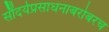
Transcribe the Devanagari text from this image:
सौंदर्यप्रसाधनाबरोबरच